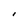
Character: I